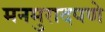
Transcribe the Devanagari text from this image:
मनमुरादपणे